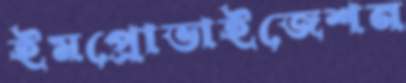
ইমপ্রোভাইজেশন